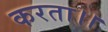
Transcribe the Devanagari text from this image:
करता।।